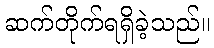
ဆက်တိုက်ရရှိခဲ့သည်။